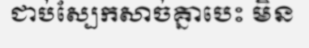
ជាប់ស្បែកសាច់គ្នាបេះ មិន